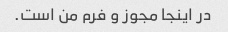
در اینجا مجوز و فرم من است.